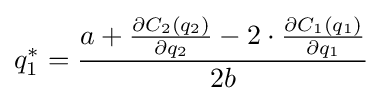
q_{1}^{*}={\frac {a+{\frac {\partial C_{2}(q_{2})}{\partial q_{2}}}-2\cdot {\frac {\partial C_{1}(q_{1})}{\partial q_{1}}}}{2b}}